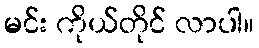
မင်း ကိုယ်တိုင် လာပါ။